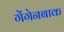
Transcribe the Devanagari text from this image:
गेंगेनबाक